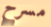
مسرح